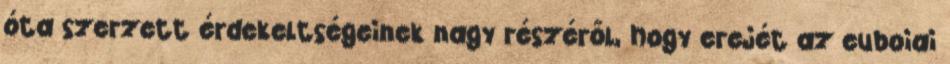
óta szerzett érdekeltségeinek nagy részéről, hogy erejét az euboiai